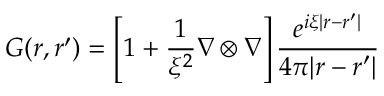
\boldsymbol { G } ( \boldsymbol { r } , \boldsymbol { r ^ { \prime } } ) = \left[ \boldsymbol { 1 } + \frac { 1 } { \xi ^ { 2 } } \nabla \otimes \nabla \right] \frac { e ^ { i \xi | \boldsymbol { r } - \boldsymbol { r ^ { \prime } } | } } { 4 \pi | \boldsymbol { r } - \boldsymbol { r ^ { \prime } } | }